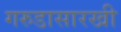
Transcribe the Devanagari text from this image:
गरुडासारखी